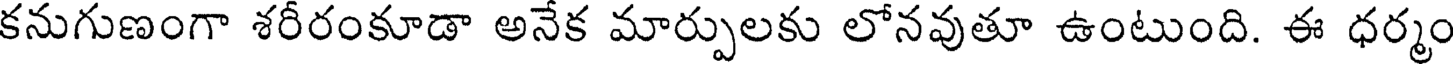
కనుగుణంగా శరీరంకూడా అనేక మార్పులకు లోనవుతూ ఉంటుంది. ఈ ధర్మం